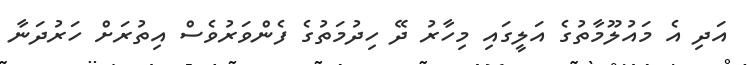
އަދި އެ މައުލޫމާތުގެ އަލީގައި މިހާރު ދޭ ހިދުމަތުގެ ފެންވަރުވެސް އިތުރަށް ހަރުދަނާ